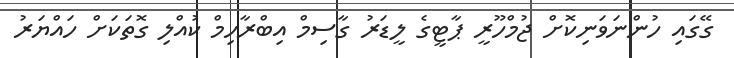
ގޭގައި ހުންނަވަނިކޮށް ޖުމްހޫރީ ޕާޓީގެ ލީޑަރު ގާސިމް އިބްރާހިމް ކުއްލި ގޮތަކަށް ހައްޔަރު